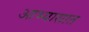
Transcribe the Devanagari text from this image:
आभ्यासात